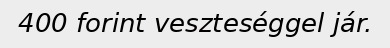
400 forint veszteséggel jár.